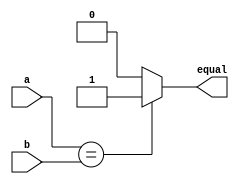
//the second way
module compare2(
    input a, b,
    output reg equal
);
    always @(*)begin
        if (a==b)
            equal = 1;
        else
            equal = 0;
    end
endmodule